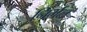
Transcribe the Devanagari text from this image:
निर्भल